Vaccination in Bombay 1869-1873 - 1869-1873
Year: 1869
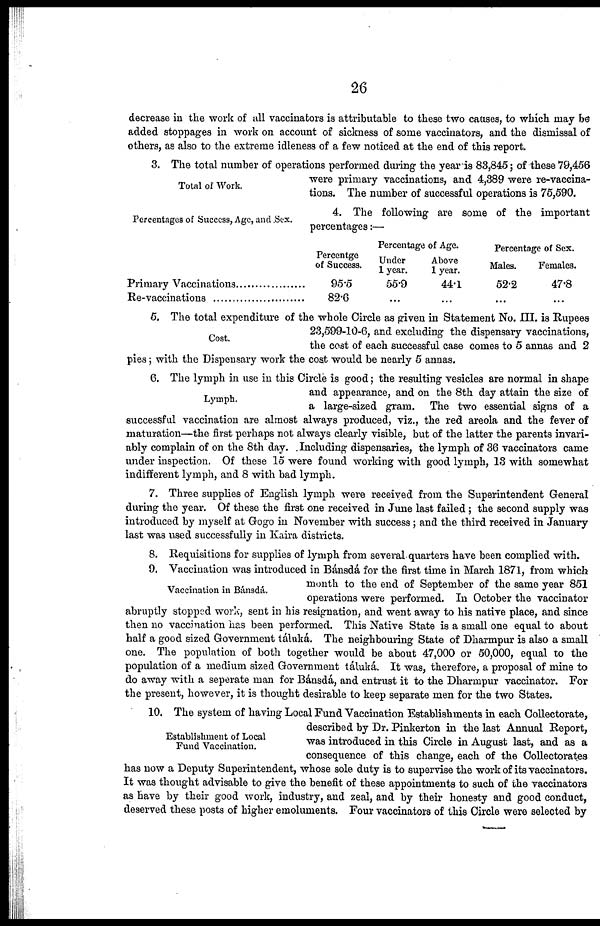
26
decrease in the work of all vaccinators is attributable to these two causes, to which may be
added stoppages in work on account of sickness of some vaccinators, and the dismissal of
others, as also to the extreme idleness of a few noticed at the end of this report.
Total of Work.
3. The total number of operations performed during the year is 83,845; of these 79,456
were primary vaccinations, and 4,389 were re-vaccina-
tions. The number of successful operations is 75,590.
Percentages of Success, Age, and Sex.
4. The following are some of the important
percentages:—
Primary Vaccinations ...................
Re-vaccinations ............................
Percentage
of Success.
95.5
82.6
Percentage of Age.
Under
1 year.
55.9
...
Above
1 year.
44.1
...
Percentage of Sex.
Males.
52.2
...
Females.
47.8
...
Cost.
5. The total expenditure of the whole Circle as given in Statement No. III. is Rupees
23,599-10-6, and excluding the dispensary vaccinations,
the cost of each successful case comes to 5 annas and 2
pies; with the Dispensary work the cost would be nearly 5 annas.
Lymph.
6. The lymph in use in this Circle is good; the resulting vesicles are normal in shape
and appearance, and on the 8th day attain the size of
a large-sized gram.
The two essential signs of a
successful vaccination are almost always produced, viz., the red areola and the fever of
maturation—the first perhaps not always clearly visible, but of the latter the parents invari-
ably complain of on the 8th day. Including dispensaries, the lymph of 36 vaccinators came
under inspection. Of these 15 were found working with good lymph, 13 with somewhat
indifferent lymph, and 8 with bad lymph.
7. Three supplies of English lymph were received from the Superintendent General
during the year. Of these the first one received in June last failed ; the second supply was
introduced by myself at Gogo in November with success; and the third received in January
last was used successfully in Kaira districts.
8. Requisitions for supplies of lymph from several quarters have been complied with.
Vaccination in Bánsdá.
9. Vaccination was introduced in Bánsdá for the first time in March 1871, from which
month to the end of September of the same year 851
operations were performed. In October the vaccinator
abruptly stopped work, sent in his resignation, and went away to his native place, and since
then no vaccination has been performed. This Native State is a small one equal to about
half a good sized Government táluká. The neighbouring State of Dharmpur is also a small
one. The population of both together would be about 47,000 or 50,000, equal to the
population of a medium sized Government táluká. It was, therefore, a proposal of mine to
do away with a seperate man for Bánsdá, and entrust it to the Dharmpur vaccinator. For
the present, however, it is thought desirable to keep separate men for the two States.
Establishment of Local
Fund Vaccination.
10. The system of having Local Fund Vaccination Establishments in each Collectorate,
described by Dr. Pinkerton in the last Annual Report,
was introduced in this Circle in August last, and as a
consequence of this change, each of the Collectorates
has now a Deputy Superintendent, whose sole duty is to supervise the work of its vaccinators.
It was thought advisable to give the benefit of these appointments to such of the vaccinators
as have by their good work, industry, and zeal, and by their honesty and good conduct,
deserved these posts of higher emoluments. Four vaccinators of this Circle were selected by